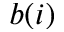
b ( i )